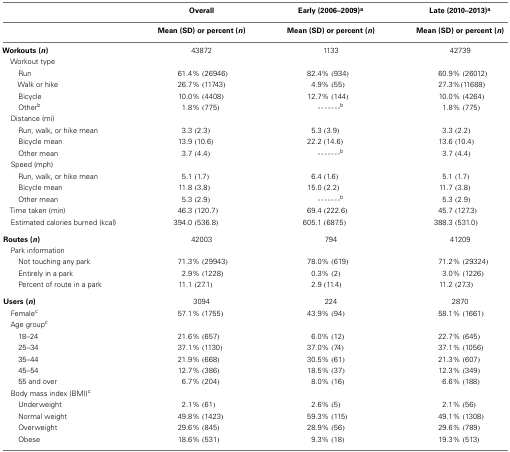
<table><thead><tr><td></td><td><b>Overall</b></td><td><b>Early (2006–2009)<sup>a</sup></b></td><td><b>Late (2010–2013)<sup>a</sup></b></td></tr><tr><td></td><td><b>Mean (SD) or percent (<i>n</i>)</b></td><td><b>Mean (SD) or percent (<i>n</i>)</b></td><td><b>Mean (SD) or percent (<i>n</i>)</b></td></tr></thead><tbody><tr><td><b>Workouts (<i>n</i>)</b></td><td>43872</td><td>1133</td><td>42739</td></tr><tr><td> Workout type</td></tr><tr><td>Run</td><td>61.4% (26946)</td><td>82.4% (934)</td><td>60.9% (26012)</td></tr><tr><td>Walk or hike</td><td>26.7% (11743)</td><td>4.9% (55)</td><td>27.3%(11688)</td></tr><tr><td>Bicycle</td><td>10.0% (4408)</td><td>12.7% (144)</td><td>10.0% (4264)</td></tr><tr><td>Other<sup>b</sup></td><td>1.8% (775)</td><td>- - - - - - -<sup>b</sup></td><td>1.8% (775)</td></tr><tr><td> Distance (mi)</td></tr><tr><td>Run, walk, or hike mean</td><td>3.3 (2.3)</td><td>5.3 (3.9)</td><td>3.3 (2.2)</td></tr><tr><td>Bicycle mean</td><td>13.9 (10.6)</td><td>22.2 (14.6)</td><td>13.6 (10.4)</td></tr><tr><td>Other mean</td><td>3.7 (4.4)</td><td>- - - - - - -<sup>b</sup></td><td>3.7 (4.4)</td></tr><tr><td> Speed (mph)</td></tr><tr><td>Run, walk, or hike mean</td><td>5.1 (1.7)</td><td>6.4 (1.6)</td><td>5.1 (1.7)</td></tr><tr><td>Bicycle mean</td><td>11.8 (3.8)</td><td>15.0 (2.2)</td><td>11.7 (3.8)</td></tr><tr><td>Other mean</td><td>5.3 (2.9)</td><td>- - - - - - -<sup>b</sup></td><td>5.3 (2.9)</td></tr><tr><td> Time taken (min)</td><td>46.3 (120.7)</td><td>69.4 (222.6)</td><td>45.7 (127.3)</td></tr><tr><td> Estimated calories burned (kcal)</td><td>394.0 (536.8)</td><td>605.1 (687.5)</td><td>388.3 (531.0)</td></tr><tr><td><b>Routes (<i>n</i>)</b></td><td>42003</td><td>794</td><td>41209</td></tr><tr><td> Park information</td></tr><tr><td>Not touching any park</td><td>71.3% (29943)</td><td>78.0% (619)</td><td>71.2% (29324)</td></tr><tr><td>Entirely in a park</td><td>2.9% (1228)</td><td>0.3% (2)</td><td>3.0% (1226)</td></tr><tr><td>Percent of route in a park</td><td>11.1 (27.1)</td><td>2.9 (11.4)</td><td>11.2 (27.3)</td></tr><tr><td><b>Users (<i>n</i>)</b></td><td>3094</td><td>224</td><td>2870</td></tr><tr><td> Female<sup>c</sup></td><td>57.1% (1755)</td><td>43.9% (94)</td><td>58.1% (1661)</td></tr><tr><td> Age group<sup>c</sup></td></tr><tr><td>18–24</td><td>21.6% (657)</td><td>6.0% (12)</td><td>22.7% (645)</td></tr><tr><td>25–34</td><td>37.1% (1130)</td><td>37.0% (74)</td><td>37.1% (1056)</td></tr><tr><td>35–44</td><td>21.9% (668)</td><td>30.5% (61)</td><td>21.3% (607)</td></tr><tr><td>45–54</td><td>12.7% (386)</td><td>18.5% (37)</td><td>12.3% (349)</td></tr><tr><td>55 and over</td><td>6.7% (204)</td><td>8.0% (16)</td><td>6.6% (188)</td></tr><tr><td> Body mass index (BMI)<sup>c</sup></td></tr><tr><td>Underweight</td><td>2.1% (61)</td><td>2.6% (5)</td><td>2.1% (56)</td></tr><tr><td>Normal weight</td><td>49.8% (1423)</td><td>59.3% (115)</td><td>49.1% (1308)</td></tr><tr><td>Overweight</td><td>29.6% (845)</td><td>28.9% (56)</td><td>29.6% (789)</td></tr><tr><td>Obese</td><td>18.6% (531)</td><td>9.3% (18)</td><td>19.3% (513)</td></tr></tbody></table>